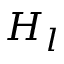
H _ { l }